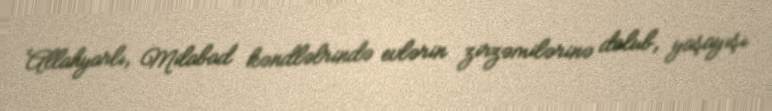
Allahyarlı, Milabad kəndləlrində evlərin zirzəmilərinə dolub, yaşayışı